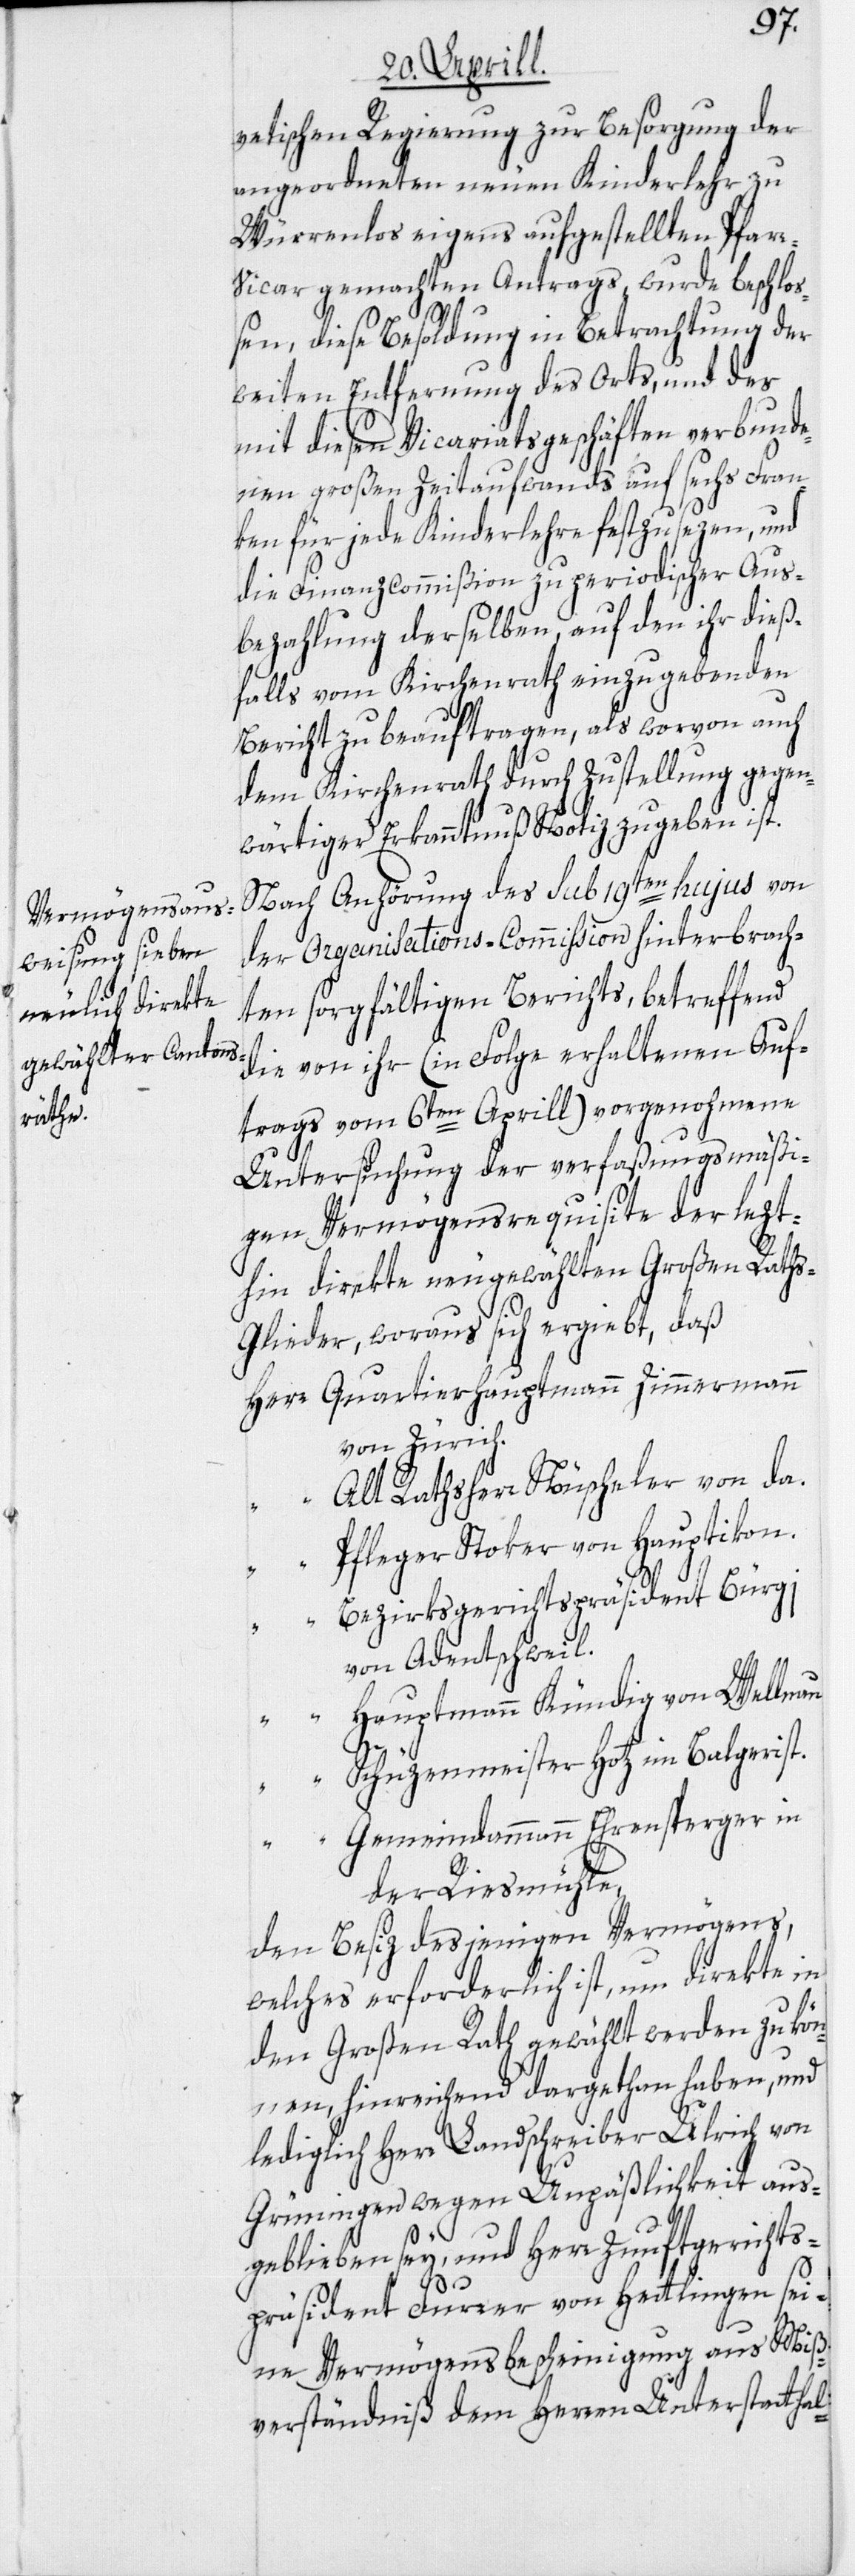
vetischen Regierung zur Besorgung der
angeordneten neuen Kinderlehr zu
Würrenlos eigens aufgestellten Pfarr¬
vicar gemachten Antrags, wurde beschlo¬
ßen, diese Besoldung in Betrachtung der
weiten Entfernung des Orts, und des
mit diesen Vicariatsgeschäften verbunde¬
nen großen Zeitaufwands auf sechs Fran¬
ken für jede Kinderlehre festzusezen, und
die Finanzcommißion zu periodischer Aus¬
bezahlung derselben, auf den ihr dieß¬
falls vom Kirchenrath einzugebenden
Bericht zu beauftragen, als worvon auch
dem Kirchenrath durch Zustellung gegen¬
wärtiger Erkanntnuß Notiz zu geben ist.
Nach Anhörung des sub 19ten hujus von
der Organisations-Commission hinterbrach¬
ten sorgfältigen Berichts, betreffend
die von ihr (in Folge erhaltenen Auf¬
trags vom 6ten Aprill) vorgenohmene
Untersuchung der verfaßungsmäßi¬
gen Vermögensrequisite der lezt¬
hin direkte neugewählten Großen Rath¬
s-Glieder, woraus sich ergiebt, daß
Herr Quartierhauptmann Zimmermann
von Zürich.
Alt Rathsherr Nüscheler von da.
Pfleger Stoker von Hauptikon.
“ Bezirksgerichtspräsident Bürgi
von Adentschweil.
“ Hauptmann Kündig von Wellnau.
“ Schüzenmeister Hotz im Balgerist.
“ Gemeindammann Ehrensperger in
der Riesmühle,
den Besiz desjenigen Vermögens,
welches erforderlich ist, um direkte in
den Großen Rath gewählt werden zu kön¬
nen, hinreichend dargethan haben, und
lediglich Herr Landschreiber Ulrich von
Grüningen wegen Unpäßlichkeit aus¬
geblieben sey, und Herr Zunftgerichts¬
präsident Furrer von Hettlingen sei¬
ne Vermögensbescheinigung aus Miß¬
verständniß dem Herren Unterstatthal-